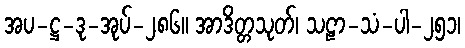
အပ-ဋ္ဌ-ဒု-အုပ်-၂၈၆။ အာဒိတ္တသုတ်၊ သဠာ-သံ-ပါ-၂၅၁၊